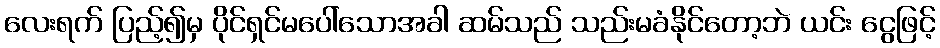
လေးရက် ပြည့်၍မှ ပိုင်ရှင်မပေါ်သောအခါ ဆမ်သည် သည်းမခံနိုင်တော့ဘဲ ယင်း ငွေဖြင့်